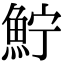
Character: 𩶂